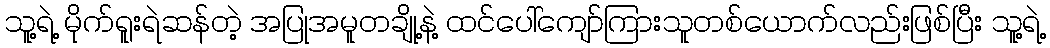
သူ့ရဲ့ မိုက်ရူးရဲဆန်တဲ့ အပြုအမူတချို့နဲ့ ထင်ပေါ်ကျော်ကြားသူတစ်ယောက်လည်းဖြစ်ပြီး သူ့ရဲ့